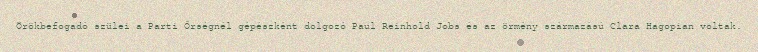
Örökbefogadó szülei a Parti Őrségnél gépészként dolgozó Paul Reinhold Jobs és az örmény származású Clara Hagopian voltak.